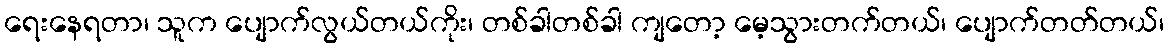
ရေးနေရတာ၊ သူက ပျောက်လွယ်တယ်ကိုး၊ တစ်ခါတစ်ခါ ကျတော့ မေ့သွားတက်တယ်၊ ပျောက်တတ်တယ်၊